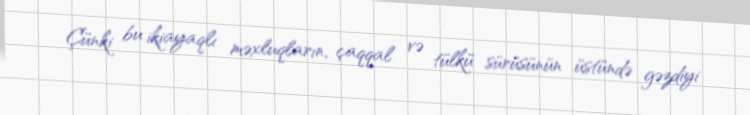
Çünki bu ikiayaqlı məxluqların, çaqqal və tülkü sürüsünün üstündə gəzdiyi